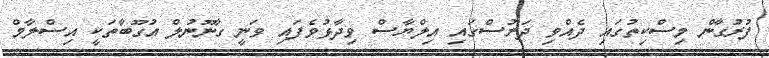
ފުރުގާން މިސްކިތުގައި ދެއްވި ދަރުސްގައި އިލްޔާސް ވިދާޅުވެފައި ވަނީ ގާނޫނުލް އުގޫބާތަކީ އިސްލާމް